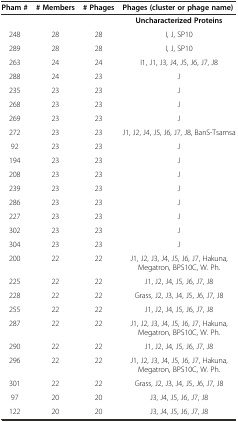
| Pham # | # Members | # Phages | Phages (cluster or phage name) |
 | --- | --- | --- | --- |
 |  |  |  | Uncharacterized Proteins |
 | 248 | 28 | 28 | I, J, SP10 |
 | 289 | 28 | 28 | I, J, SP10 |
 | 263 | 24 | 24 | I1, J1, J3, J4, J5, J6, J7, J8 |
 | 288 | 24 | 23 | J |
 | 235 | 23 | 23 | J |
 | 268 | 23 | 23 | J |
 | 269 | 23 | 23 | J |
 | 272 | 23 | 23 | J1, J2, J4, J5, J6, J7, J8, BanS-Tsamsa |
 | 92 | 23 | 23 | J |
 | 194 | 23 | 23 | J |
 | 208 | 23 | 23 | J |
 | 239 | 23 | 23 | J |
 | 286 | 23 | 23 | J |
 | 227 | 23 | 23 | J |
 | 302 | 23 | 23 | J |
 | 304 | 23 | 23 | J |
 | 200 | 22 | 22 | J1, J2, J3, J4, J5, J6, J7, Hakuna, Megatron, BPS10C, W. Ph. |
 | 225 | 22 | 22 | J1, J2, J4, J5, J6, J7, J8 |
 | 228 | 22 | 22 | Grass, J2, J3, J4, J5, J6, J7, J8 |
 | 255 | 22 | 22 | J1, J2, J4, J5, J6, J7, J8 |
 | 287 | 22 | 22 | J1, J2, J3, J4, J5, J6, J7, Hakuna, Megatron, BPS10C, W. Ph. |
 | 290 | 22 | 22 | J1, J2, J4, J5, J6, J7, J8 |
 | 296 | 22 | 22 | J1, J2, J3, J4, J5, J6, J7, Hakuna, Megatron, BPS10C, W. Ph. |
 | 301 | 22 | 22 | Grass, J2, J3, J4, J5, J6, J7, J8 |
 | 97 | 20 | 20 | J3, J4, J5, J6, J7, J8 |
 | 122 | 20 | 20 | J3, J4, J5, J6, J7, J8 |